Leaving Certificate Examination, 1910
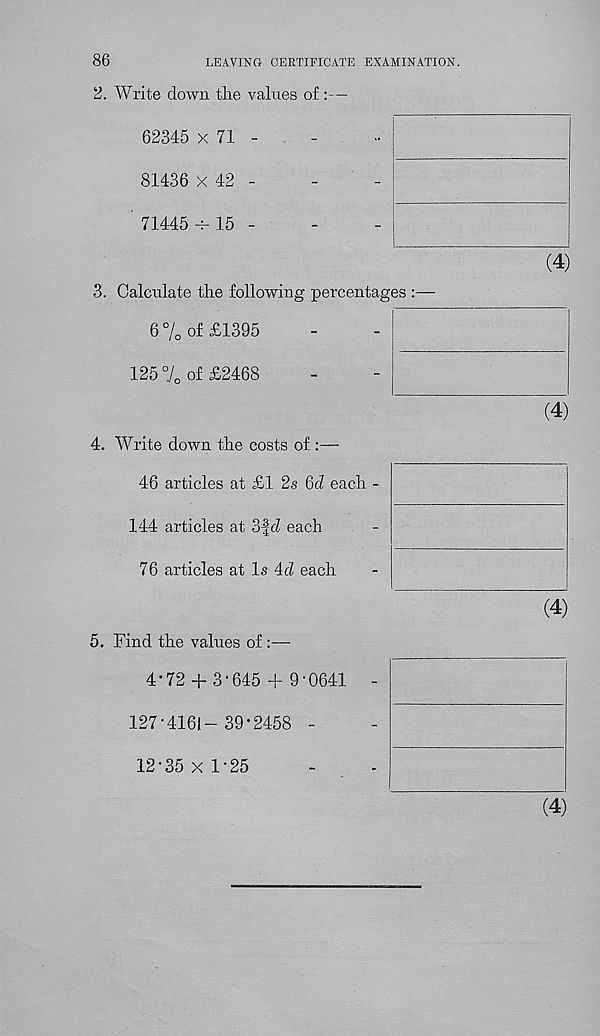
86
LEAVING CERTIFICATE EXAMINATION.
2. Write down the values of :—
62345 x 71
81436 x 42
71445 -x 15
(4)
3. Calculate the following percentages :—
6 % of £1395
125 °J 0 of £2468
14)
4. Write down the costs of :—
46 articles at £1 2s 6d each -
144 articles at 3fd each
76 articles at Is 4d each
(4)
5. Find the values of :—
4-72 + 3-645 + 9-0641
-
127-4161- 39-2458 -
12-35x1-25
(4)